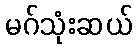
မဂ်သုံးဆယ်